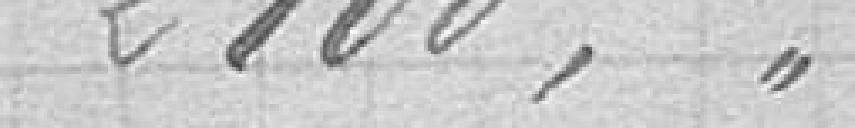
2100,